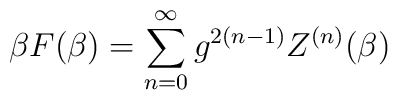
\beta F ( \beta ) = \sum_{n = 0}^{\infty} g^{2(n - 1)} Z^{(n)} (\beta )